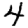
Digit: 4